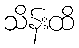
သိန်းထိ